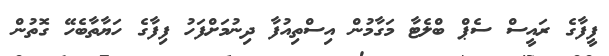
ފީފާގެ ރައީސް ސެޕް ބްލެޓާ މަގާމުން އިސްތިއުފާ ދިނުމަށްފަހު ފިފާގެ ހަޔާތާބެހޭ ގޮތުން